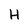
Character: H